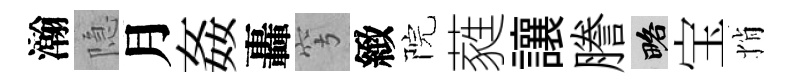
瀚隐月姦轟穹緻院蕤讓謄略宝悄